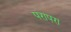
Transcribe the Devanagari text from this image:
परापरा